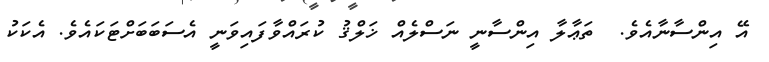
އޭ އިންސާނާއެވެ.  ތަޢާލާ އިންސާނީ ނަސްލެއް ޚަލްޤު ކުރައްވާފައިވަނީ އެސަބަބަށްޓަކައެވެ. އެކަކު